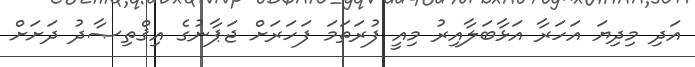
އަދި މިދިޔަ އަހަރާ އަޅާބަލާއިރު މިއީ ފުރަތަމަ ފަހަރަށް ޖަޕާނުގެ އިޤްތިޞާދު ދަށަށް